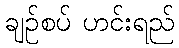
ချဉ်စပ် ဟင်းရည်